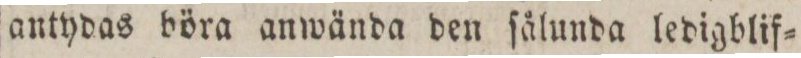
antydas böra anwända den ſålunda ledigblif=